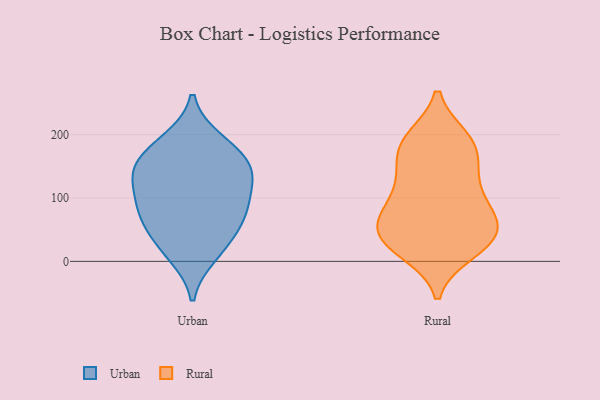
{"axis": {"x": "Churn Rate (%)", "y": "Value"}, "legend": ["Rural", "Urban"], "data": [{"x": "", "y": 153, "type": "Urban"}, {"x": "", "y": 132, "type": "Urban"}, {"x": "", "y": 190, "type": "Urban"}, {"x": "", "y": 80, "type": "Urban"}, {"x": "", "y": 53, "type": "Urban"}, {"x": "", "y": 180, "type": "Urban"}, {"x": "", "y": 146, "type": "Urban"}, {"x": "", "y": 144, "type": "Urban"}, {"x": "", "y": 24, "type": "Urban"}, {"x": "", "y": 72, "type": "Urban"}, {"x": "", "y": 11, "type": "Urban"}, {"x": "", "y": 111, "type": "Urban"}, {"x": "", "y": 84, "type": "Urban"}, {"x": "", "y": 151, "type": "Rural"}, {"x": "", "y": 73, "type": "Rural"}, {"x": "", "y": 193, "type": "Rural"}, {"x": "", "y": 29, "type": "Rural"}, {"x": "", "y": 57, "type": "Rural"}, {"x": "", "y": 100, "type": "Rural"}, {"x": "", "y": 179, "type": "Rural"}, {"x": "", "y": 121, "type": "Rural"}, {"x": "", "y": 21, "type": "Rural"}, {"x": "", "y": 71, "type": "Rural"}, {"x": "", "y": 16, "type": "Rural"}, {"x": "", "y": 43, "type": "Rural"}, {"x": "", "y": 42, "type": "Rural"}, {"x": "", "y": 41, "type": "Rural"}, {"x": "", "y": 144, "type": "Rural"}, {"x": "", "y": 92, "type": "Rural"}, {"x": "", "y": 190, "type": "Rural"}, {"x": "", "y": 189, "type": "Rural"}]}